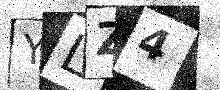
Text: YLZ4